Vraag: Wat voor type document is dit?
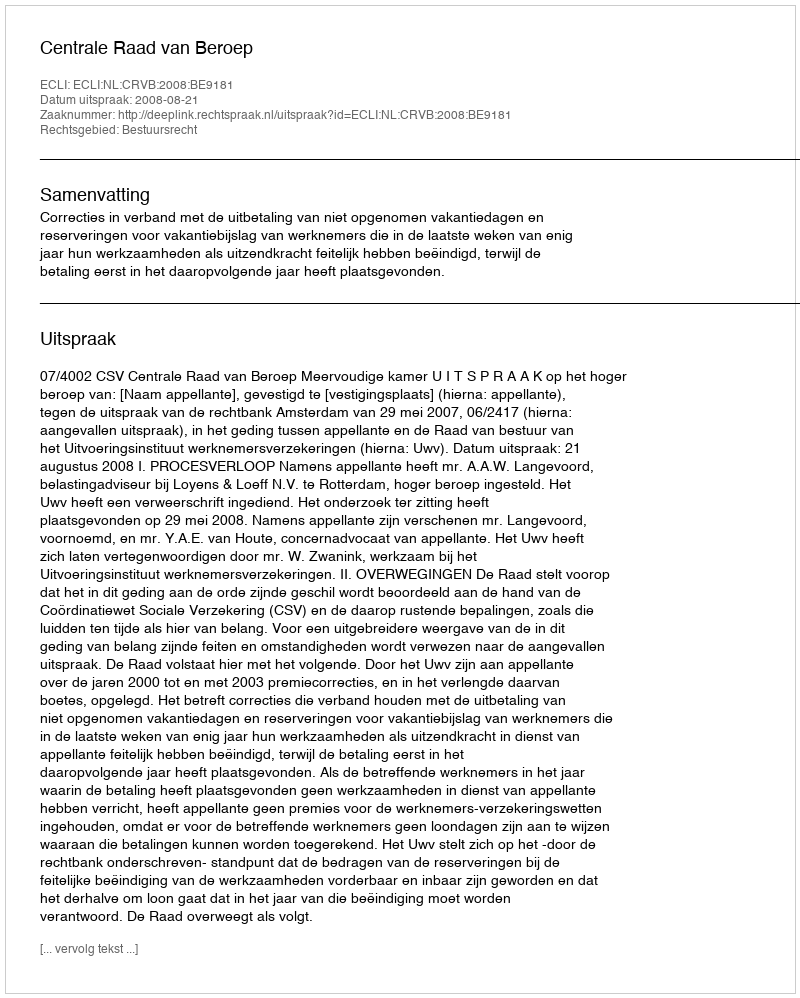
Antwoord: Uitspraak